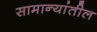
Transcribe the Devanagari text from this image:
सामान्यांतील